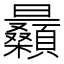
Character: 𣌛